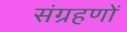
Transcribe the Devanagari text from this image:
संग्रहणों